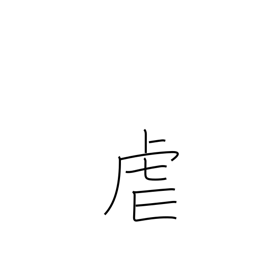
Meaning: oppress